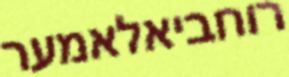
רוחביאלאמער